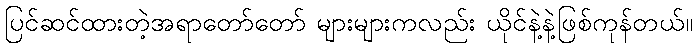
ပြင်ဆင်ထားတဲ့အရာတော်တော် များများကလည်း ယိုင်နဲ့နဲ့ဖြစ်ကုန်တယ်။